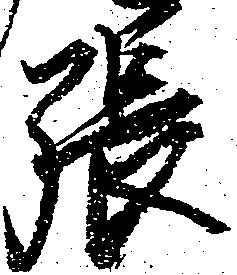
張